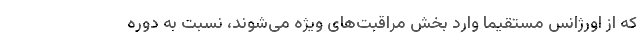
که از اورژانس مستقیماً وارد بخش مراقبت‌های ویژه می‌شوند، نسبت به دوره